Lunatic asylums in Bengal annual reports 1899-1911 - 1899-1911
Year: 1899
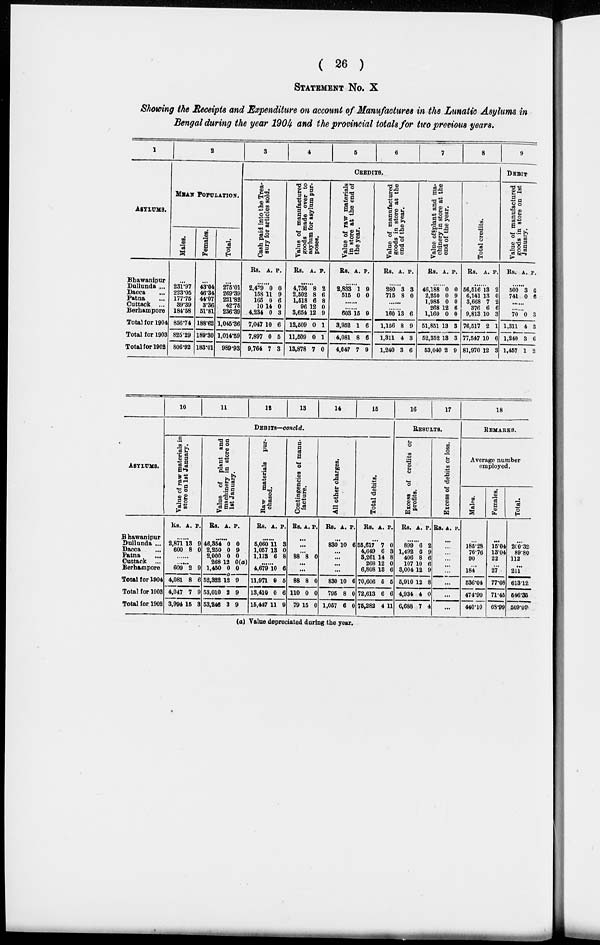
( 26 )
STATEMENT No. X
Showing the Receipts and Expenditure on account of Manufactures in the Lunatic Asylums in
Bengal during the year 1904 and the provincial totals for two previous years.
1
ASYLUMS.
Bhawanipur
Dullunda ...
Dacca ...
Patna ...
Cuttack ...
Berhampore
Total for 1904
Total for 1903
Total for 1902
2
MEAN POPULATION.
Males.
231.97
223.05
177.75
89.39
184.58
856.74
825.29
806.92
Females.
43.04
46.34
44.07
3.36
51.81
188.62
189.30
183.01
Total.
2756.01
269.39
221.82
42.75
236.39
1,045.36
1,014.59
989.93
3
4
5
6
7
8
CREDITS.
Cash paid into the Trea-
sury for articles sold.
Rs. A. P.
......
2,479
158
165
10
4,234
7,047
7,897
9,764
0
11
0
14
0
10
0
7
0
9
6
0
3
6
5
3
Value of manufactured
goods made over to
asylum for asylum pur¬
poses.
Rs. A. P.
...
4,736
2,502
1,518
96
3,654
12,509
11,509
13,878
8
8
6
12
12
0
0
7
2
6
8
0
9
1
1
0
Value of raw materials
in store at the end of
the year.
Rs. A. P.
......
2,833
515
1
0
9
0
......
......
603
3,952
4,081
4,047
15
1
8
7
9
6
6
9
Value of manufactured
goods in store at the
end of the year.
Rs. A. P.
......
280
715
3
8
3
0
......
......
160
1,156
1,311
1,240
13
8
4
3
6
9
3
6
Value of plant and ma-
chinery in store at the
end of the year.
Rs. A. P.
......
46,188
2,250
1,985
268
1,160
51,851
52,352
53,040
0
0
0
12
0
13
13
2
0
9
0
6
0
3
3
9
Total credits.
Rs. A. P.
......
56,516
6,141
3,668
376
9,813
76,517
77,547
81,970
13
13
7
6
10
2
10
12
2
0
2
6
3
1
6
3
9
DEBIT.
Value of manufactured
g oods in store on 1st
January.
Rs. A. P.
......
500
741
3
0
6
6
......
......
70
1,311
1,240
1,457
0
4
3
1
3
3
6
2
ASYLUMS.
Bhawanipur
Dullunda ...
Dacca
Patna
...
Cuttack ...
Berhampore
Total for 1904
Total for 1903
Total for 1902
10
11
12
13
14
15
DEBITS—concld.
Value of raw materials in
store on 1st January.
Rs. A. P.
......
2,871
600
13
8
9
0
......
......
609
4,081
4,047
3,994
2
8
7
15
9
6
9
3
Value of plant and
machinery in store on
1st January.
Rs. A. P.
......
46,354
2,250
2,000
268
1,450
52,322
53,010
53,246
0
0
0
12
0
12
2
3
0
9
0
0(a)
0
9
9
9
Raw materials pur-
chased.
Rs. A. P.
......
5,060
1,057
1,173
11
13
6
3
0
8
......
4,679
11,971
13,410
15,447
10
9
0
11
6
5
6
9
Contingencies of manu-
facture.
Rs. A. P.
...
...
...
88 8 0
...
...
88
110
79
8
0
15
0
0
0
All other charges.
Rs. A. P.
...
830 10 6
...
...
...
...
830
795
1,057
10
8
6
6
0
0
Total debits.
Rs. A. P.
...
55,617
4,649
3,261
268
6,808
70,606
72,613
75,282
7
6
14
12
13
5
6
4
0
3
8
0
6
5
6
11
16
17
RESULTS.
Excess of credits or
profits.
Rs. A. P.
......
899
1,492
406
107
3,004
5,910
4,934
6,688
6
6
8
10
12
12
4
7
2
9
6
6
9
8
0
4
Excess of debits or loss.
Rs. A. P.
...
...
... ...
...
...
...
...
...
18
REMARKS.
Average number
employed.
Males.
...
185.28
76.76
90
...
184
536.04
474.90
440.10
Females.
...
15.04
13.04
22
...
27
77.08
71.45
68.99
Total.
...
200.32
89.80
112
...
211
613.12
546.35
509.09
(a) Value depreciated during the year.